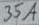
Text: 35A